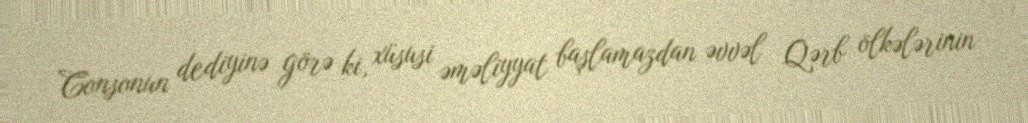
Consonun dediyinə görə ki, xüsusi əməliyyat başlamazdan əvvəl Qərb ölkələrinin